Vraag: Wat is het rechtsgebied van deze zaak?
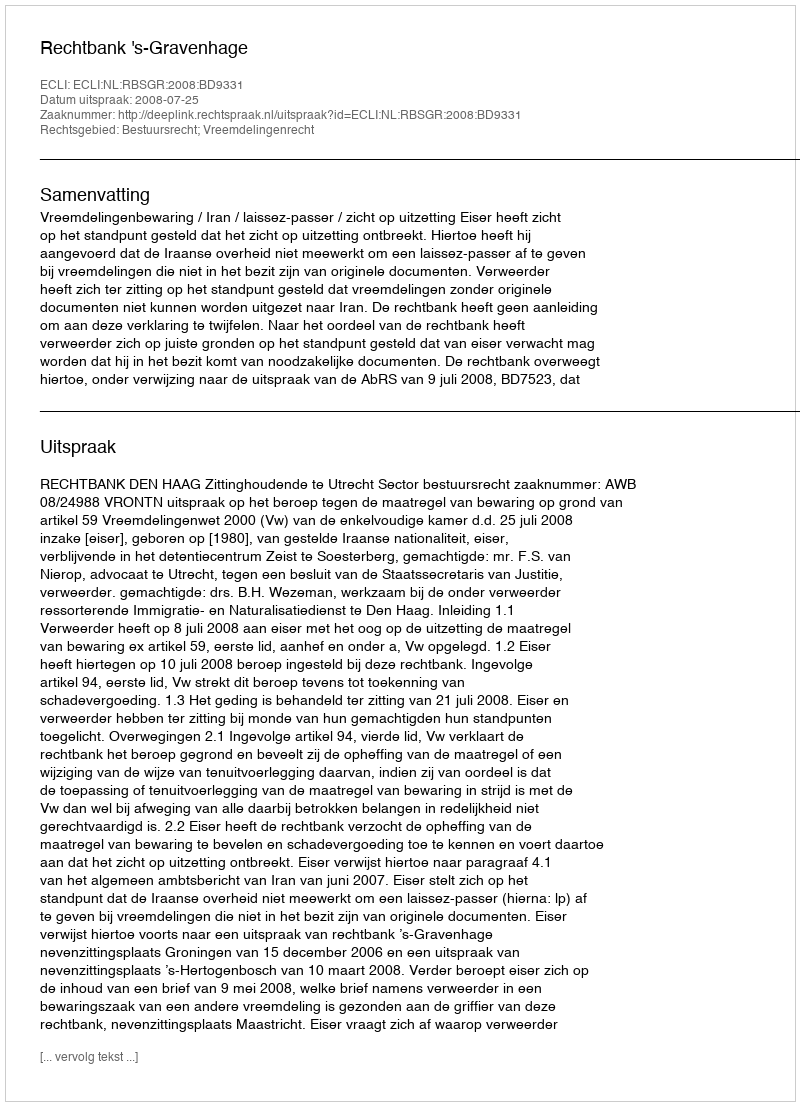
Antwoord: Bestuursrecht; Vreemdelingenrecht